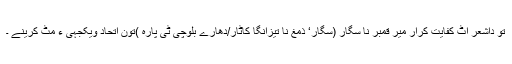
تو داشعر اٹ کفایت کرار میر قمبر نا سگار (سگار‘ ذمَغ نا تیزانگا کاٹار/دھارے بلوچی ٹی پارہ )تون اتحاد ویکجہی ءِ مٹ کرینے ۔